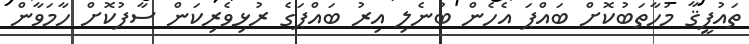
ތައުފީޤާ މުހާތަބުކޮށް ބައްޕަ އެހެން ބުނެލި އިރު ބައްޕަގެ ރުޅިވެރިކަން ސާފުކޮށް ހާމަވާން